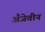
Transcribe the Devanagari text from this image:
अँजेवीन